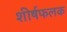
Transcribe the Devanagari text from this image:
शीर्षफलक